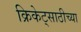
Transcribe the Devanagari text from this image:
क्रिकेट्साठीच्या